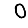
Digit: 0